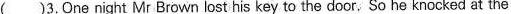
( )3.One night Mr Brown lost his key to the door, So he knocked at the